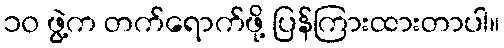
၁၀ ဖွဲ့က တက်ရောက်ဖို့ ပြန်ကြားထားတာပါ။